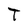
Character: T